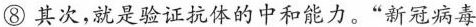
⑧其次,就是验证抗体的中和能力。“新冠病毒